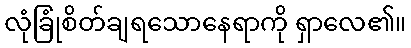
လုံခြုံစိတ်ချရသောနေရာကို ရှာလေ၏။